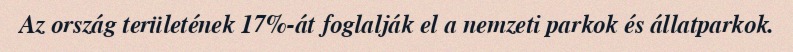
Az ország területének 17%-át foglalják el a nemzeti parkok és állatparkok.